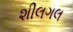
શીલગલ